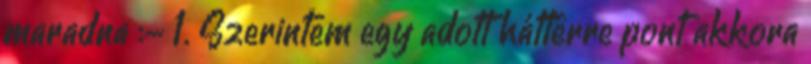
maradna :- 1. Szerintem egy adott háttérre pont akkora